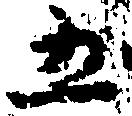
五